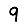
Digit: 9